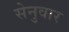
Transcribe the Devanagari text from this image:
सेनुवार